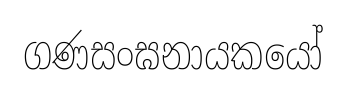
ගණසංඝනායකයෝ